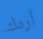
أردك